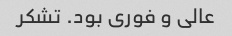
عالی و فوری بود. تشکر